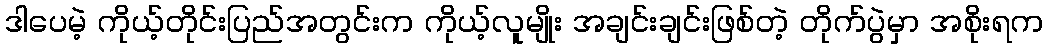
ဒါပေမဲ့ ကိုယ့်တိုင်းပြည်အတွင်းက ကိုယ့်လူမျိုး အချင်းချင်းဖြစ်တဲ့ တိုက်ပွဲမှာ အစိုးရက